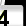
Digit: 4